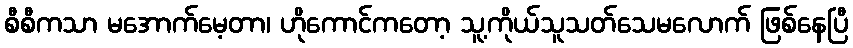
စီစီကသာ မအောက်မေ့တာ၊ ဟိုကောင်ကတော့ သူ့ကိုယ်သူသတ်သေမလောက် ဖြစ်နေပြီ